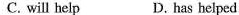
C. will help D. has helped